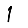
Digit: 1